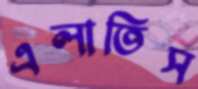
এলাতিস